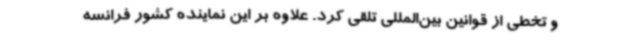
و تخطی از قوانین بین‌المللی تلقی کرد. علاوه بر این نماینده کشور فرانسه